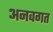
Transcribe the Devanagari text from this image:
अनवगत